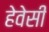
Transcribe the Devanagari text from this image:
हेवेसी